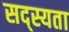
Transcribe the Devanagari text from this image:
सद्स्यता